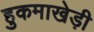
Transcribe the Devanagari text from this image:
हुकमाखेड़ी